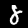
Label: 8